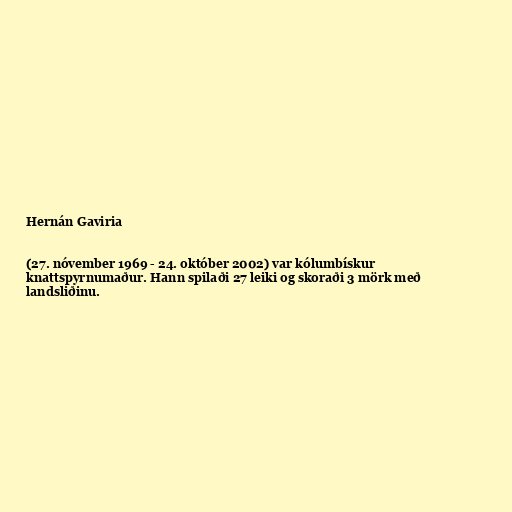
Hernán Gaviria

(27. nóvember 1969 - 24. október 2002) var kólumbískur
knattspyrnumaður. Hann spilaði 27 leiki og skoraði 3 mörk með
landsliðinu.